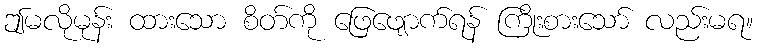
ဤမလိုမုန်း ထားသော စိတ်ကို ဖြေဖျောက်ရန် ကြိုးစားသော် လည်းမရ။